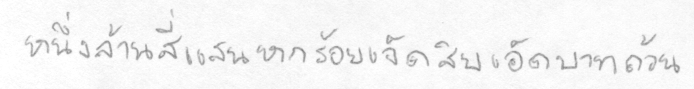
หนึ่งล้านสี่แสนหกร้อยเจ็ดสิบเอ็ดบาทถ้วน